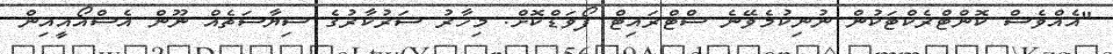
"އެއްވެސް ކޮންޓްރެކްޓަކުން ނުނިކުމެވޭނެ ސްޓްރައިޓް ފޯވަޑްކޮށް. މިހާރު ސަރުކާރުގެ ސިޔާސަތެއް ނޫން އެސްއޯއީއިން